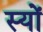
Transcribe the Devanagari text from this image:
स्यों